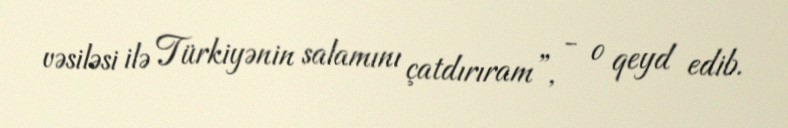
vəsiləsi ilə Türkiyənin salamını çatdırıram”, - o qeyd edib.